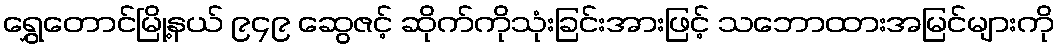
ရွှေတောင်မြို့နယ် ၉၄၉ ဆွေဇင့် ဆိုက်ကိုသုံးခြင်းအားဖြင့် သဘောထားအမြင်များကို